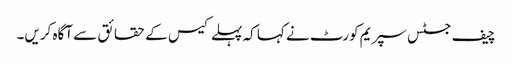
چیف جسٹس سپریم کورٹ نے کہا کہ پہلے کیس کے حقائق سے آگاہ کریں۔